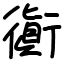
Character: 衠